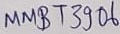
Text: MMBT3906